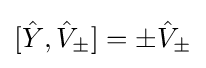
[{\hat {Y}},{\hat {V}}_{\pm }]=\pm {\hat {V}}_{\pm }